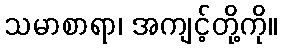
သမာစာရာ၊ အကျင့်တို့ကို။